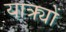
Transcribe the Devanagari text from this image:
यात्र्यों